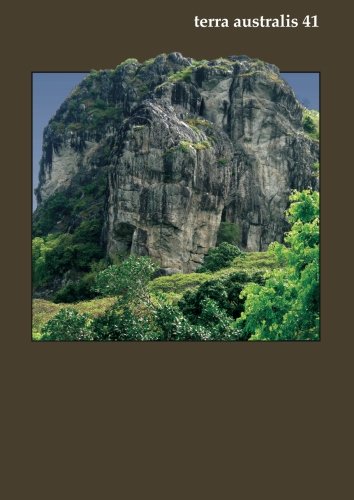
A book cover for Degei's Descendants: Spirits, Place and People in Pre-Cession Fiji (Terra Australis) (Volume 41); Matthew Spriggs; History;